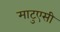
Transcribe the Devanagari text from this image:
माटुएसी